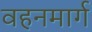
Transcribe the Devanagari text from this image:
वहनमार्ग